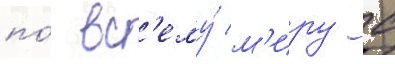
по́ вс'ему́ м'иру с